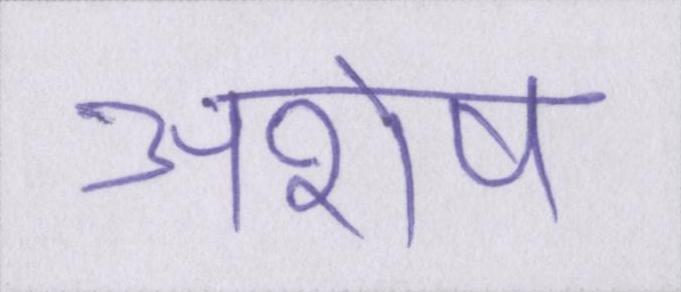
अशेष